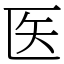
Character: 医